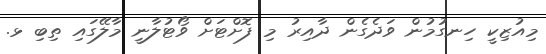
މިއުޒިކީ ހިނގުމުން ވަދެގެން ދާއިރު މި ފޮށްޓަށް ވޯޓުލާނީ މާލޭގައި ތިބި ޅ.